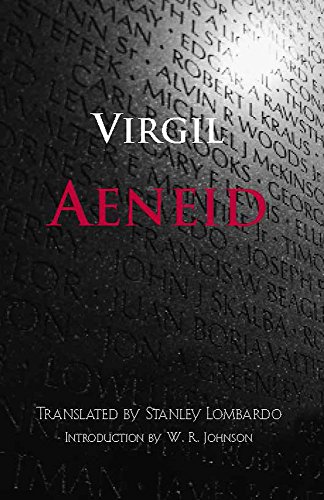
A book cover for Aeneid (Hackett Classics); P. Vergilius Maro; Literature & Fiction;